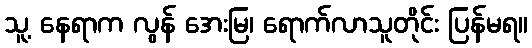
သူ့ နေရာက လွန် အေးမြ၊ ရောက်လာသူတိုင်း ပြန်မရ။